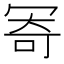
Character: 𠖏